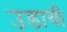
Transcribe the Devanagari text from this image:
उडायी